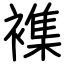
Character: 襍